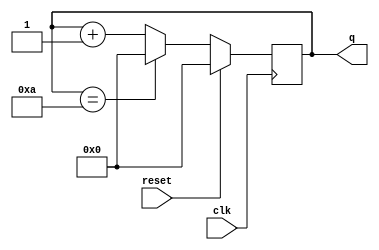
module top_module (
    input clk,
    input reset,        // Synchronous active-high reset
    output [3:0] q);

    reg [3:0] counter;

    always @(posedge clk) begin
        if (reset) begin
            counter <= 0;
        end else begin
            counter <= counter + 1;
            if (counter == 10) begin
                counter <= 0;
            end
        end
    end

    assign q = counter;

endmodule